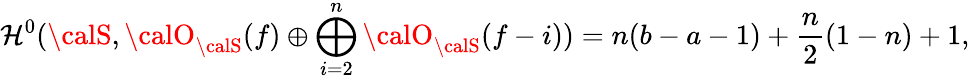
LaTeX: \mathcal{H}^{0}({\calS},{\calO}_{\calS}(f)\oplus\bigoplus_{i=2}^{n}{\calO}_{\calS}(f-i))=n(b-a-1)+\frac{{n}}{{2}}(1-n)+1,